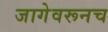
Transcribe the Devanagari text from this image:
जागेवरूनच